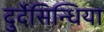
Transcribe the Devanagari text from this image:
दुर्देसिन्धिया